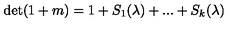
\det ( 1 + m ) = 1 + S _ { 1 } ( \lambda ) + . . . + S _ { k } ( \lambda )